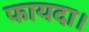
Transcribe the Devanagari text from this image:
फायदा।